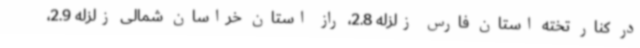
در کنار تخته استان فارس زلزله 2.8، راز استان خراسان شمالی زلزله 2.9،